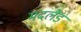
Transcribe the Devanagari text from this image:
मदलैंड